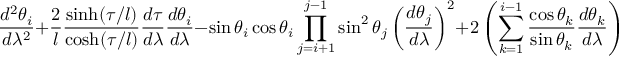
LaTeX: \displaystyle \frac { d ^ { 2 } \theta _ { i } } { d \lambda ^ { 2 } } + \frac { 2 } { l } \frac { \sinh ( \tau / l ) } { \cosh ( \tau / l ) } \frac { d \tau } { d \lambda } \frac { d \theta _ { i } } { d \lambda } - \sin \theta _ { i } \cos \theta _ { i } \prod _ { j = i + 1 } ^ { j - 1 } \sin ^ { 2 } \theta _ { j } \left( \frac { d \theta _ { j } } { d \lambda } \right) ^ { 2 } + 2 \left( \sum _ { k = 1 } ^ { i - 1 } \frac { \cos \theta _ { k } } { \sin \theta _ { k } } \frac { d \theta _ { k } } { d \lambda } \right) \frac { d \theta _ { j } } { d \lambda } = 0 \; .